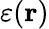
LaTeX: \varepsilon(\mathbf{r})